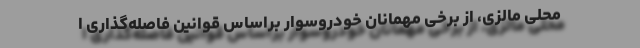
محلی مالزی، از برخی مهمانان خودروسوار براساس قوانین فاصله‌گذاری ا